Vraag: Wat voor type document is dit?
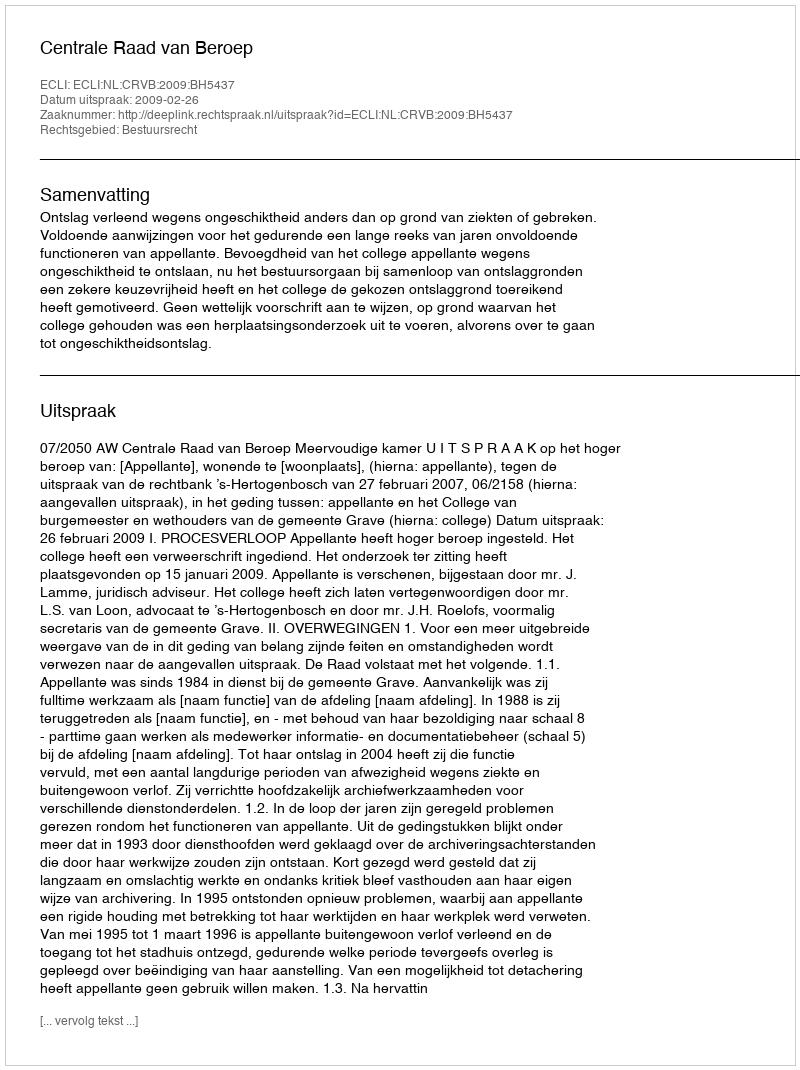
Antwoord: Uitspraak